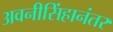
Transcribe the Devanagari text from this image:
अवनीसिंहानंतर